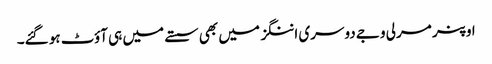
اوپنر مرلی وجے دوسری اننگز میں بھی سستے میں ہی آؤٹ ہو گئے۔